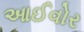
આઈવોર